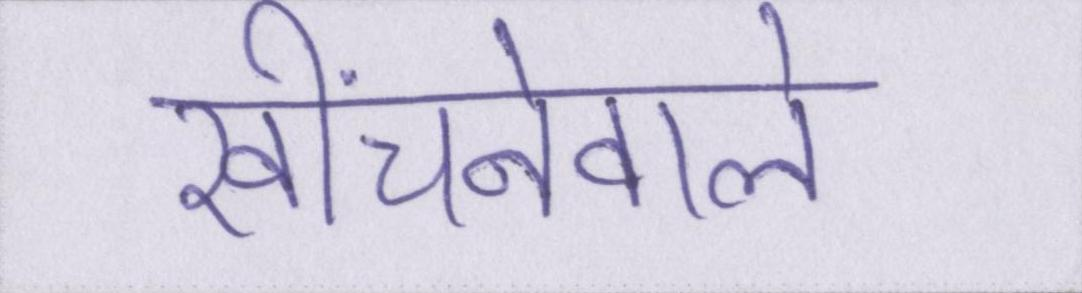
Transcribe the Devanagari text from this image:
खींचनेवाले